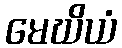
မေဃိယံ